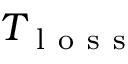
T _ { \mathrm { ~ l ~ o ~ s ~ s ~ } }